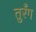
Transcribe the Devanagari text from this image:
तुरँग